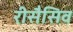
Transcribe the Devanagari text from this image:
रीसैसिव